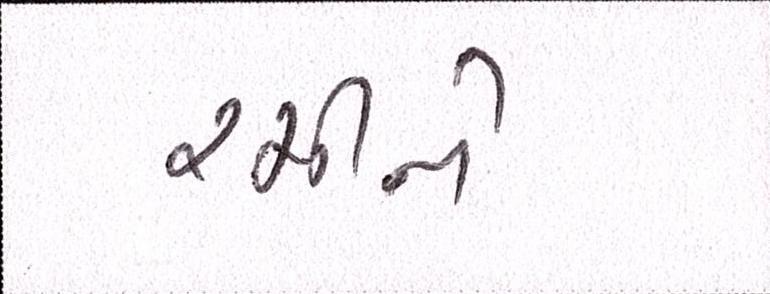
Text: રમીને